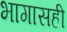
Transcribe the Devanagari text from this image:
भागासही